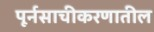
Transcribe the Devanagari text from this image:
पूर्नसाचीकरणातील